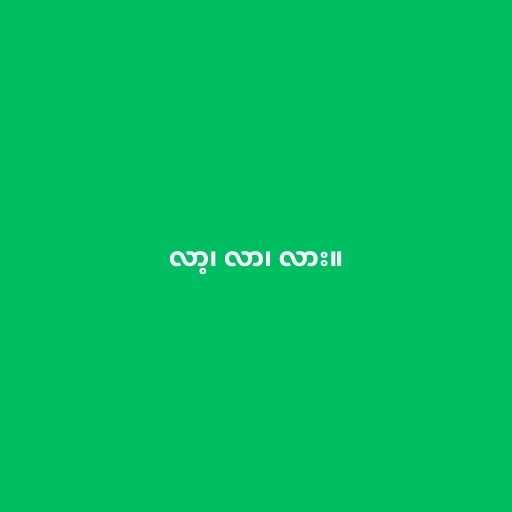
လာ့၊ လာ၊ လား။